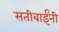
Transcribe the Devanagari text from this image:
सतीबाईंनी